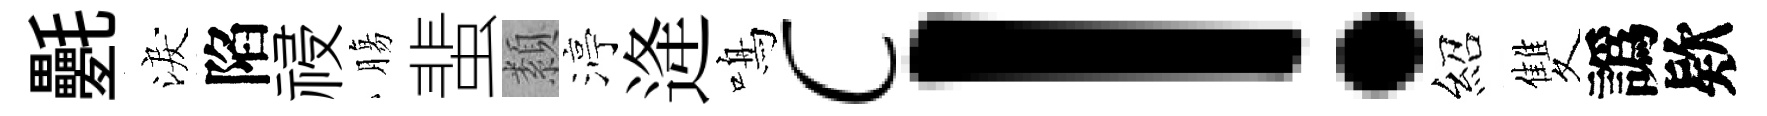
氎淚陷祲膓蜚纇渟逄鳴c！紹雙譌欵